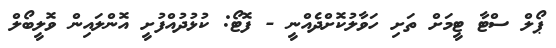
ޕޯލް ސްޓާ ޓީމަށް ތަށި ހަވާލުކޮށްދެއްނީ - ފޮޓޯ: ކުޅުދުއްފުށީ އޮންލައިން ވޮލީބޯލް